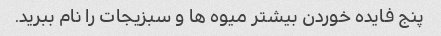
پنج فایده خوردن بیشتر میوه ها و سبزیجات را نام ببرید.